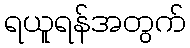
ရယူရန်အတွက်